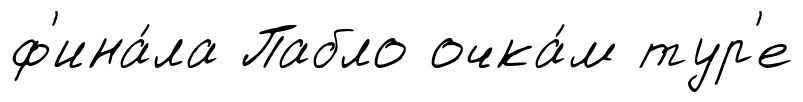
ф'ина́ла Пабло очка́м тур'е